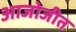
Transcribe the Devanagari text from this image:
आजोजीत